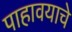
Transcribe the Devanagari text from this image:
पाहावयाचे